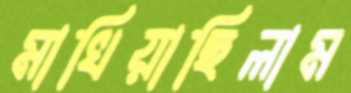
মাখিয়াছিলাম